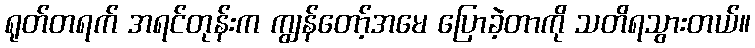
ရုတ်တရက် အရင်တုန်းက ကျွန်တော့်အမေ ပြောခဲ့တာကို သတိရသွားတယ်။